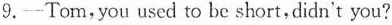
9.-Tom,you used to be short,didn't you?